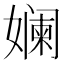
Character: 𫝮